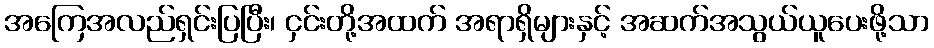
အကြေအလည်ရှင်းပြပြီး၊ ငှင်းတို့အထက် အရာရှိများနှင့် အဆက်အသွယ်ယူပေးဖို့သာ